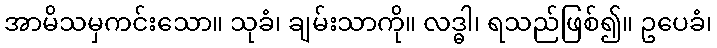
အာမိသမှကင်းသော။ သုခံ၊ ချမ်းသာကို။ လဒ္ဓါ၊ ရသည်ဖြစ်၍။ ဥပေခံ၊